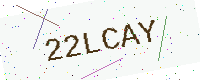
Text: 22LCAY